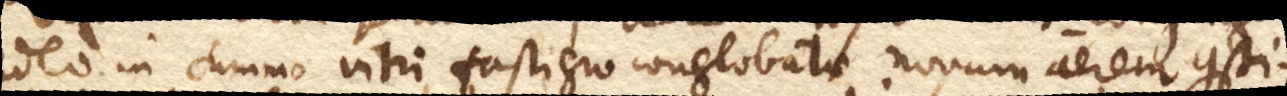
ideo in summo vitri fastigio conglobatae novum aerem consti–